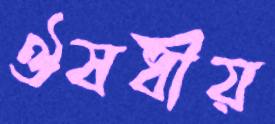
ঔষধীয়